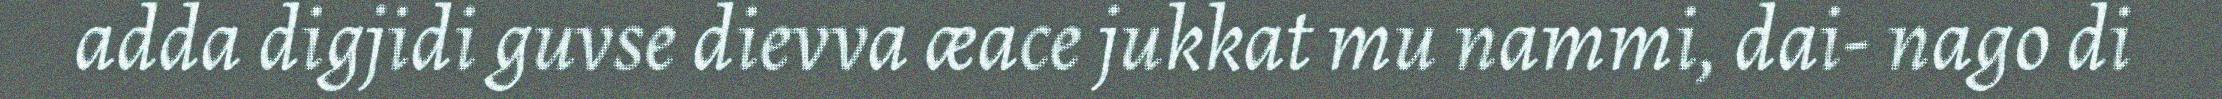
adda digjidi guvse dievva æace jukkat mu nammi, dai- nago di